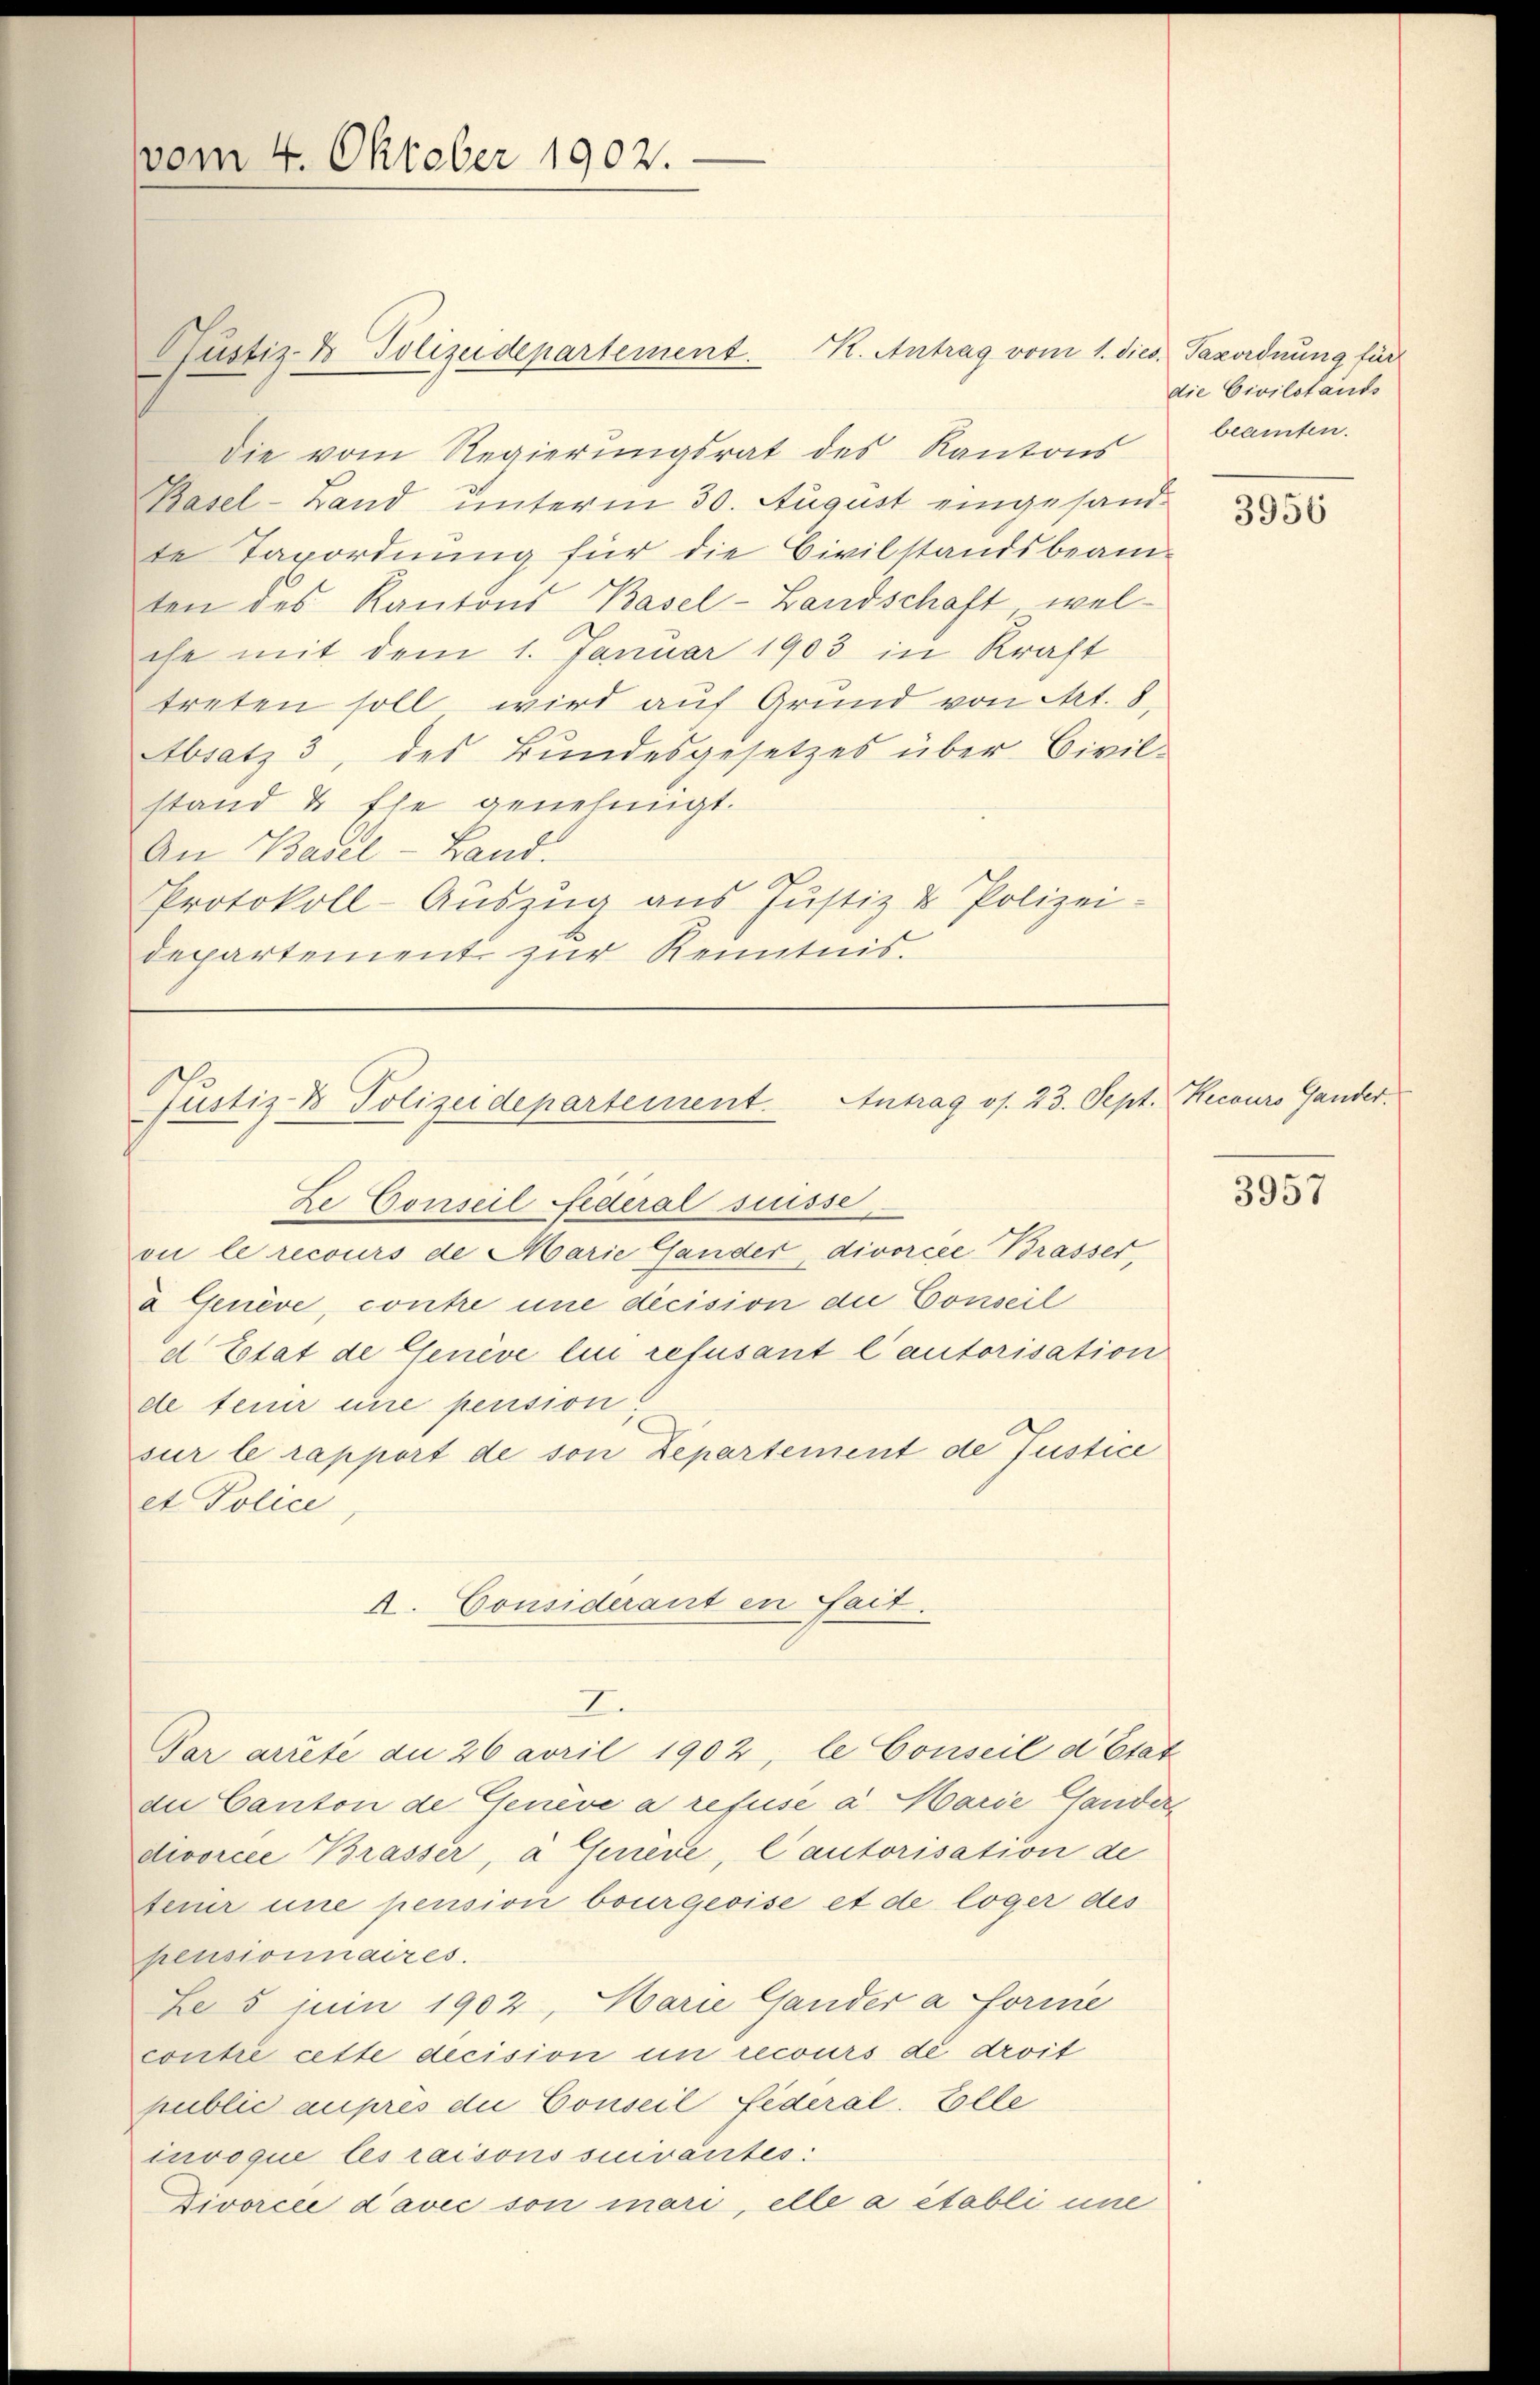
vom 4. Oktober 1902.

Gustiz- & Polizeidepartement. K. Antrag vom 1. dies. Taxordnung für
die vom Regierungsrat des Kantons beamten.
Basel-Land unterm 30. August eingesandte Taxordnung für die Civilstandsbeam-
ten des Kantons Basel-Landschaft, welche mit dem 1. Januar 1903 in Kraft
treten soll wird auf Grund von Art. 8
Absatz 3, des Bundesgesetzes über Civil-
stand & Ehe genehmigt.
An Basel-Land.
Protokoll-Auszug aus Justiz & Polizei-
departement zur Kenntnis.
ou le recours de Marie Gander, divorcée Brasser,
a Genève, contre une decision die Conseil
d Etat de Genève lin refusant l’autorisation
de tenir une pension.
sur le rapport de son Departement de Justice
et Police
A. Considerant in Sait.
2.
Par arrete du 26 avril 1902, le Conseil d’Etat
du Canton de Geneve a refuse a Marie Ganders
divorcée Brasser, à Geriere, lautorisation de
feiner une pension bourgeoise et de loger des
pensionnaires.
Le 5 juin 1902, Marie Gander a Forme
contre cette decision um recours de droit
public auprès die Conseil Federal. Zolle
invoque les raisons suivantes:
Zivorcée d’avec son mari, elle a établi une

Antrag os. 23. Sept. Recours Gander.
Justiz- & Polizeidepartement.
Ze Conseil Federal suisse,

die Civilstands

3956

3957